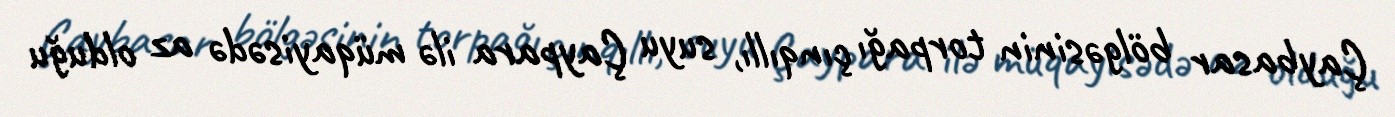
Çaybasar bölgəsinin torpağı çınqıllı, suyu Çaypara ilə müqayisədə az olduğu